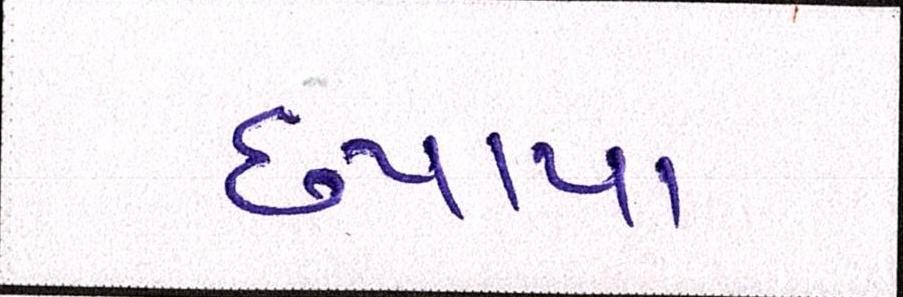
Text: છપાયા